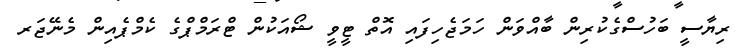
ރިޔާސީ ބަހުސްގެކުރިން ބާއްވަން ހަމަޖެހިފައި އޮތް ޓީވީ ޝޯއަކުން ޓްރަމްޕްގެ ކެމްޕެއިން މެނޭޖަރ